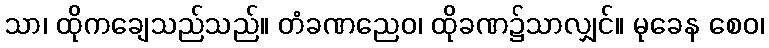
သာ၊ ထိုကချေသည်သည်။ တံခဏညေဝ၊ ထိုခဏ၌သာလျှင်။ မုခေန စေဝ၊